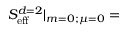
S _ { \mathrm { e f f } } ^ { d = 2 } | _ { m = 0 ; \mu = 0 } =